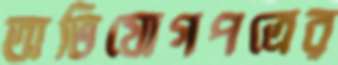
অভিযোগপত্রের